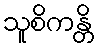
သူစိကန္တိ